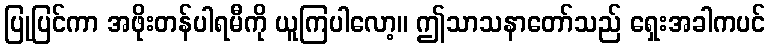
ပြုပြင်ကာ အဖိုးတန်ပါရမီကို ယူကြပါလော့။ ဤသာသနာတော်သည် ရှေးအခါကပင်